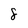
Character: 8